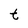
Character: t